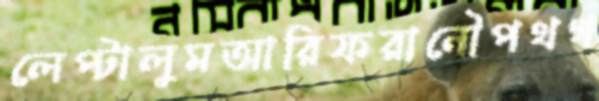
লেপ্‌টালুমআরিফরানৌপথগ